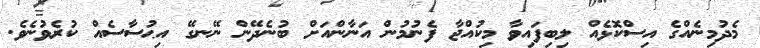
މެދުމިނެއްގެ އިސްކޮޅެއް ލިބިފައިވާ މިކުއްޖާ ފެނުމުން އަނާންއަށް ބުނެދޭން ނޭނގޭ އިޙުސާސެއް ކުރެވުނެވެ.